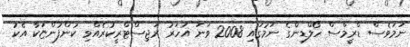
ނަމަވެސް ޑްރީމްސް ހޯލްޑިންގެ ނަމުގައި 2008 ވަނަ އަހަރު ރަޖިސްޓްރީކުރެއްވި ކުންފުންޏަކާ އެކު